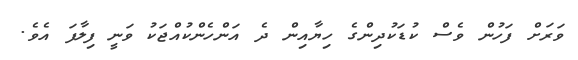
ވަރަށް ފަހުން ވެސް ކުޑަކުދިންގެ ހިޔާއިން ދެ އަންހެންކުއްޖަކު ވަނީ ފިލާފަ އެވެ.